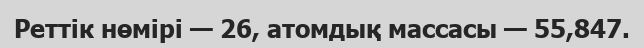
Реттік нөмірі — 26, атомдық массасы — 55,847.